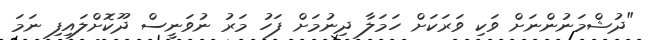
"ދުޝްމަނުންނަށް ވަކި ވަރަކަށް ހަމަލާ ދިނުމަށް ފަހު މަރު ނުވަނީސް ދޫކޮށްލައިފި ނަމަ